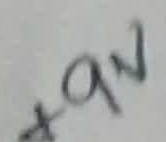
Text: +9V